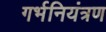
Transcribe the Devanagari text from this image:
गर्भनियंत्रण